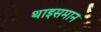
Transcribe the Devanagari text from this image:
थाइसमान